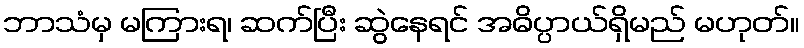
ဘာသံမှ မကြားရ၊ ဆက်ပြီး ဆွဲနေရင် အဓိပ္ပာယ်ရှိမည် မဟုတ်။